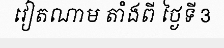
វៀតណាម តាំងពី ថ្ងៃទី 3